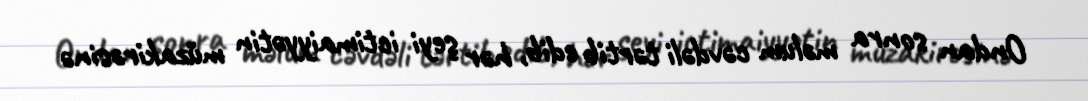
Ondan sonra məlum cəvdəli tərtib edib, hər şeyi ictimaiyyətin müzakirəsinə